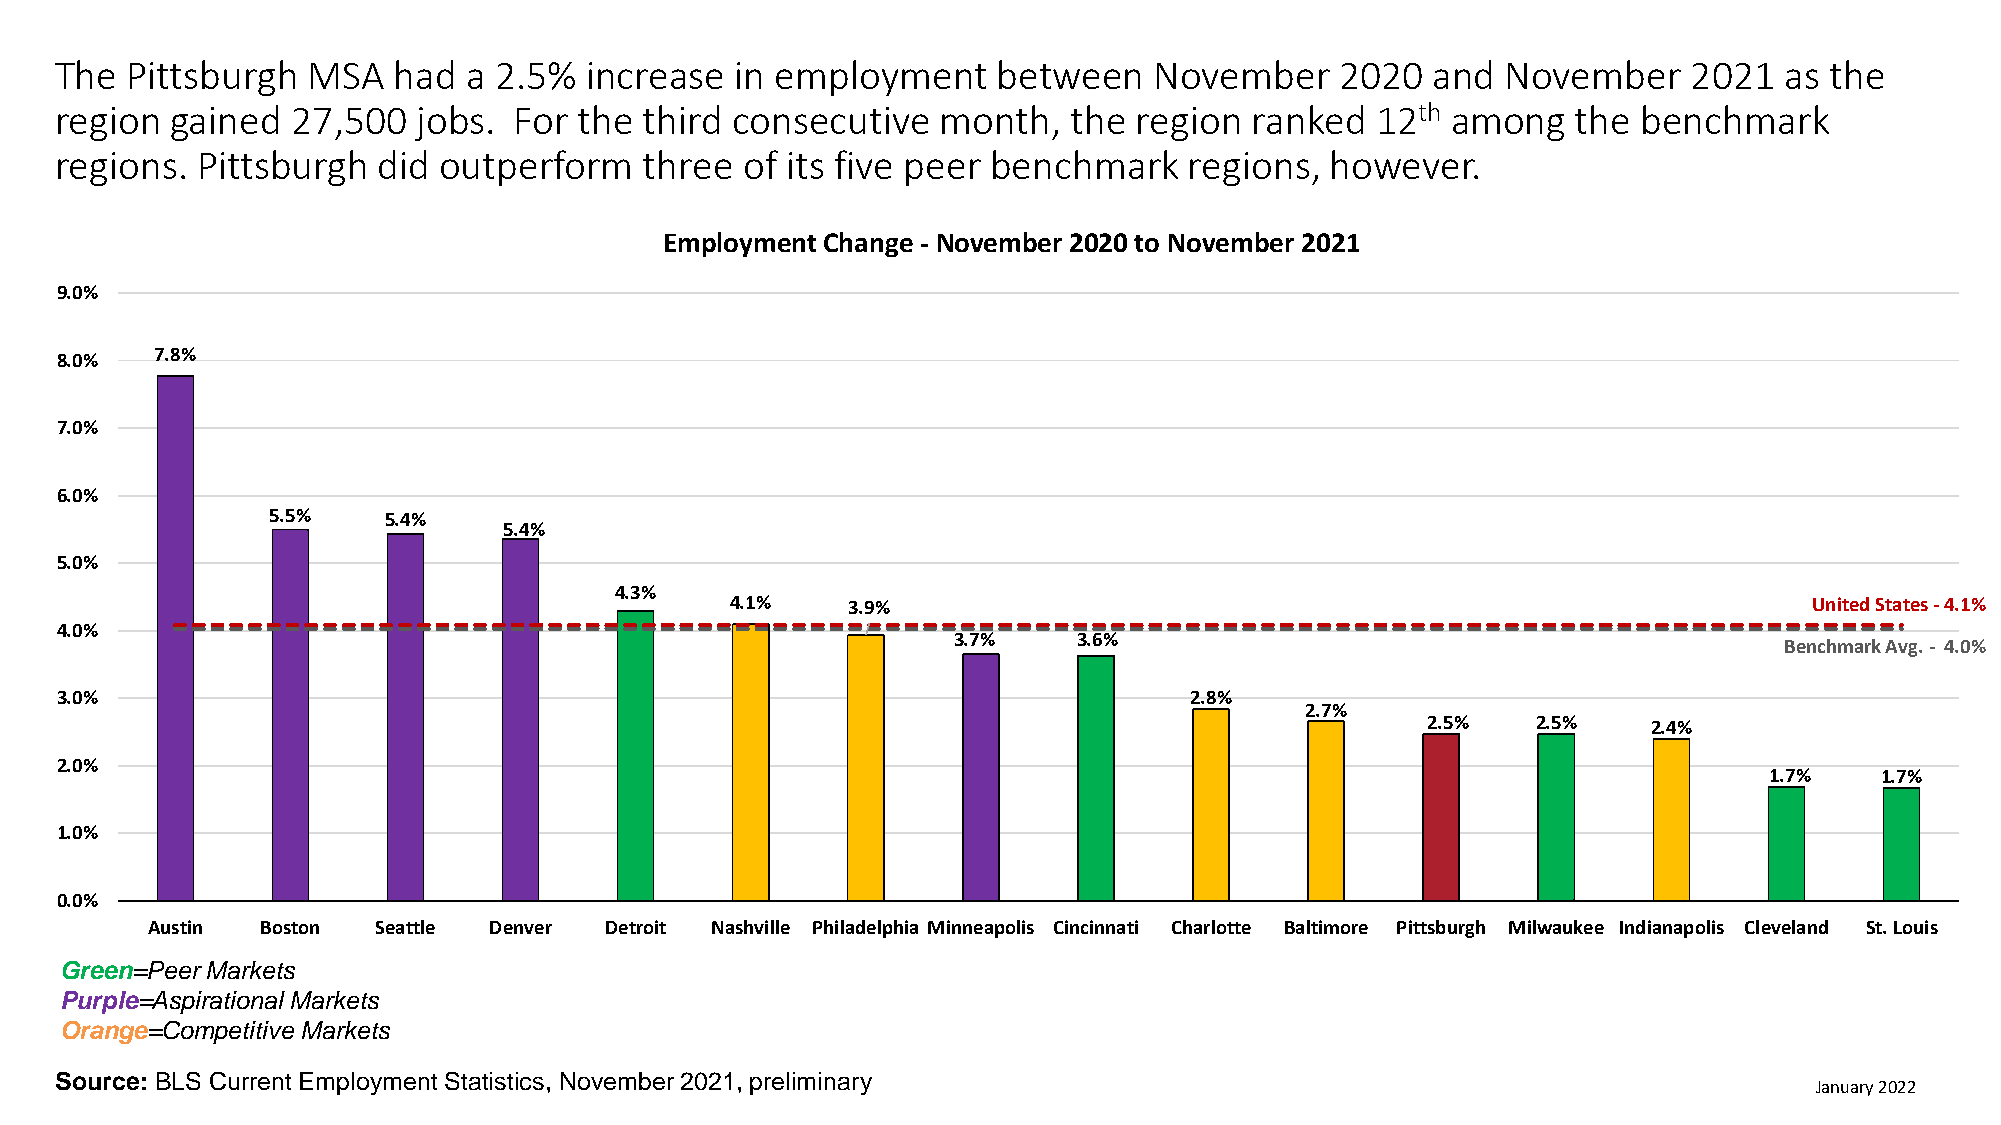
The Pittsburgh  MSA   had  a 2.5%  increase  in employment    between   November     2020  and  November    2021  as the
 region gained  27,500   jobs. For the  third consecutive  month,   the region  ranked  12th among   the  benchmark
 regions. Pittsburgh  did outperform    three of its five peer benchmark    regions, however.
 Employment Change - November 2020 to November 2021
 9.0%
 8.0%  7.8%
 7.0%
 6.0%
 5.5%   5.4%
 5.4%
 5.0%
 4.3%
 4.1%    3.9%                                                            United States -4.1%
 4.0%
 3.7%    3.6%                                           Benchmark Avg. - 4.0%
 3.0%                                                                       2.8%
 2.7%
 2.5%    2.5%   2.4%
 2.0%
 1.7%   1.7%
 1.0%
 0.0%
 Austin Boston  Seattle Denver Detroit Nashville Philadelphia Minneapolis Cincinnati Charlotte Baltimore Pittsburgh Milwaukee Indianapolis Cleveland St. Louis
 Green=Peer Markets
 Purple=Aspirational Markets
 Orange=Competitive Markets
 Source: BLS Current Employment Statistics, November 2021, preliminary
 January 2022